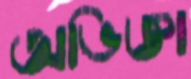
অভিজ্ঞা